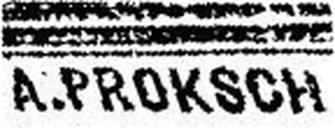
A.PROKSCH